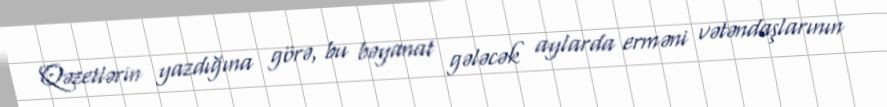
Qəzetlərin yazdığına görə, bu bəyanat gələcək aylarda erməni vətəndaşlarının